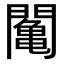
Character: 䦰